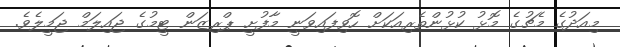
މިއަދުގެ މެޗުގެ މޮޅު ކުޅުންތެރިއަކަށް ހޮވިފައިވަނީ މާފުށީ ޕްރިޒަން ޓީމުގެ ޖައިލަމް ޖަމީލެވެ.